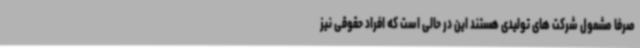
صرفا مشمول شرکت های تولیدی هستند این در حالی است که افراد حقوقی نیز